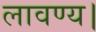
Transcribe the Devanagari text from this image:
लावण्य।